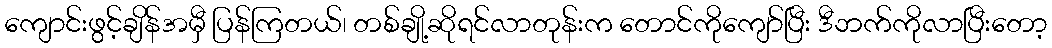
ကျောင်းဖွင့်ချိန်အမှီ ပြန်ကြတယ်၊ တစ်ချို့ဆိုရင်လာတုန်းက တောင်ကိုကျော်ပြီး ဒီဘက်ကိုလာပြီးတော့